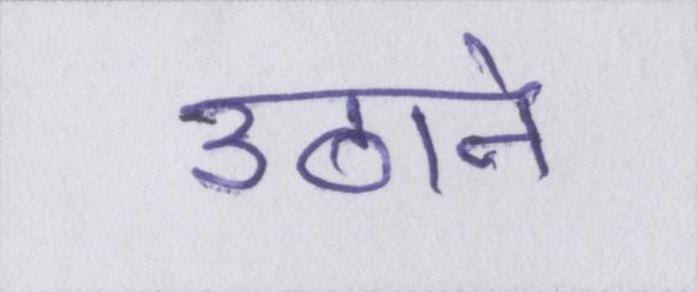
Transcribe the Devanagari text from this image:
उठाने